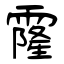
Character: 霳